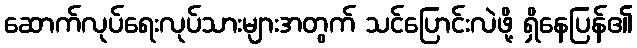
ဆောက်လုပ်ရေးလုပ်သားများအတွက် သင်ပြောင်းလဲဖို့ ရှိနေပြန်၏